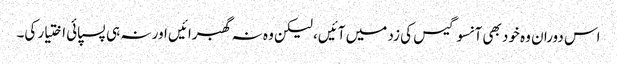
اس دوران وہ خود بھی آنسو گیس کی زد میں آئیں، لیکن وہ نہ گھبرائیں اور نہ ہی پسپائی اختیار کی۔